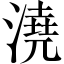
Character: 澆